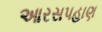
આરસપહાણ